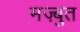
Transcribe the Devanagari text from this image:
मज़्बुत